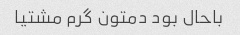
باحال بود دمتون گرم مشتیا